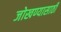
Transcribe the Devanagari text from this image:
जोखण्यासाठी